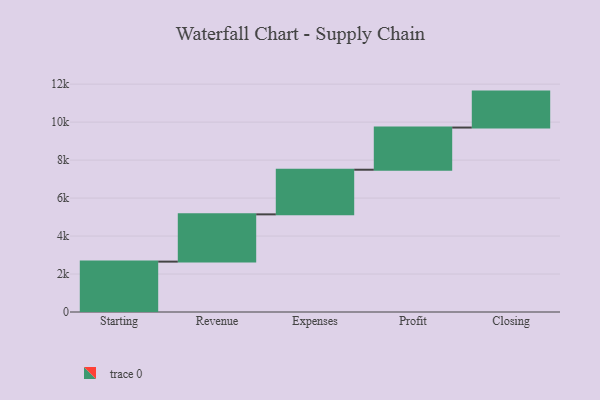
{"axis": {"x": "Step", "y": "Value"}, "legend": [""], "data": [{"x": "Starting", "y": 2653.0, "type": ""}, {"x": "Revenue", "y": 2489.0, "type": ""}, {"x": "Expenses", "y": 2351.0, "type": ""}, {"x": "Profit", "y": 2221.0, "type": ""}, {"x": "Closing", "y": 1893.0, "type": ""}]}